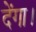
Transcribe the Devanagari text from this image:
देंगा।